system: You are a helpful assistant.
user:
Analyze the provided spectrum to determine if it is a **White Dwarf (WD)**.

A White Dwarf spectrum is defined by its **extreme purity** (due to gravitational settling) and/or **extreme pressure broadening** (due to high surface gravity). You must check for one of the following mutually exclusive signatures:

- **Key Visual Indicators (Check for ONE of these types):**

    - **1. DA-Type Signature (Most Common):**
        - **(Primary Feature):** Extreme pressure broadening (Stark broadening) of the **Hydrogen (H) Balmer lines**.
        - **(Key Lines):** $H\beta$ (approx. $4861$ Å) and $H\gamma$ (approx. $4340$ Å). $H\alpha$ (approx. $6563$ Å) will also be present if the wavelength range covers it.
        - **(Line Profile):** This is the **defining feature**. The lines are **NOT** sharp. They appear as massive, **extremely broad and deep "troughs" or "dips"** in the spectrum, often hundreds of Ångströms wide. The continuum will appear to "scoop" down at these wavelengths.
        - **(Distinction):** Normal A-type or B-type stars have *narrow* and *sharp* Hydrogen lines. A DA White Dwarf's lines are unmistakably "smeared" or "blurry" from pressure.

    - **2. DB-Type Signature:**
        - **(Primary Feature):** Broad absorption lines from **Neutral Helium (He I)**. The spectrum must lack any visible Hydrogen lines.
        - **(Key Lines):** Look for broad absorption near $4471$ Å, $4921$ Å, and $5876$ Å.
        - **(Line Profile):** These lines are also significantly pressure-broadened, appearing much wider than they would in a normal B-type main-sequence star.

    - **3. DC-Type Signature:**
        - **(Primary Feature):** A **featureless continuous spectrum**.
        - **(Line Profile):** The spectrum is a smooth curve with **no significant absorption or emission lines**.
        - **(Key Confirmation):** The continuum is almost always **blue or white**, indicating a hot object. This signature implies the atmosphere is so pure (or so cool) that no spectral lines are visible in the optical range. Its WD identity is confirmed by its extremely low intrinsic brightness (high absolute magnitude).

    - **4. DZ-Type Signature (Metal-Polluted):**
        - **(Primary Feature):** **Isolated, narrow metal absorption lines** on an otherwise featureless (DC-like) continuum.
        - **(Key Lines):** The **Calcium (Ca II) H & K doublet** (approx. **$3934$ Å** and **$3968$ Å**) is the most common and defining feature.
        - **(Line Profile):** These lines are "out of place." They are *not* part of a "forest" of thousands of lines. This signature is evidence of recent *accretion* (pollution) from rocky debris.
        - **(Distinction):** Normal G/K/M stars have a *dense forest* of thousands of metal lines. A DZ has a *clean* continuum with *only a few* strong metal lines.

    - **5. DQ-Type Signature (Carbon-Polluted):**
        - **(Primary Feature):** Absorption bands from **Carbon (C₂ "Swan Bands" or atomic C I)**.
        - **(Key Lines - C₂):** Look for bandheads with a "saw-tooth" shape near $5635$ Å, **$5165$ Å** (strongest), and $4737$ Å.
        - **(Key Confirmation):** The underlying **continuum must be blue or white** (hot).
        - **(Distinction):** This is the critical difference from a **Carbon Star**, which has the *exact same* C₂ bands but on an extremely **red, cool** continuum.

- **(Overall Spectrum):**
    - The continuum (overall shape) is typically **blue-sloping** (brighter in the blue than the red), as most white dwarfs are very hot.
    - The spectrum will look "pure" or "simple," dominated by only *one* of the five signatures listed above.

Think first, call **spectral_visualization_tool** if needed to examine features in detail, then provide your final answer. Your response must adhere to the following strict rules:
1.  **Overall Structure:** Your response must follow the format `<think>...</think> <tool_call>...</tool_call> (if a tool is used) <answer>...</answer>`.
2.  **Tool Usage Constraint:** You may only make **one** tool call per turn.
3.  **Final Answer Format:** In the `<answer>` tag, your conclusion must be inside a `\boxed{}` command (e.g., `\boxed{YES}` or `\boxed{NO}`), followed by your justification.

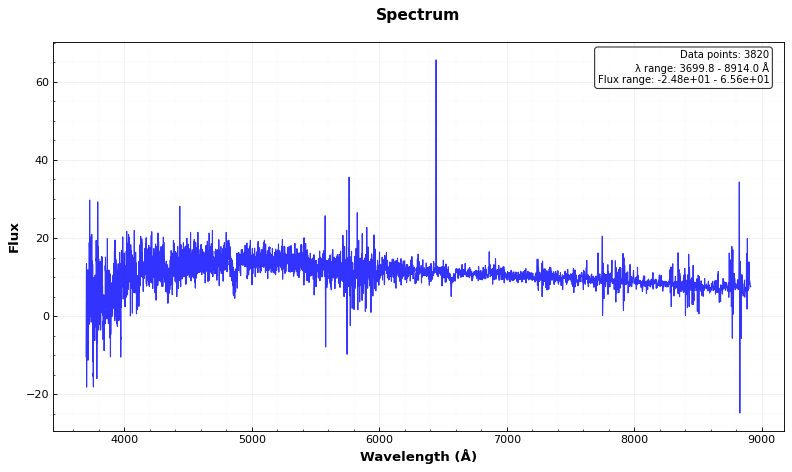
Answer: YES